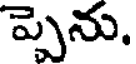
ప్పెను.